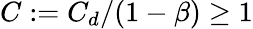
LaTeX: C:=C_{d}/(1-\beta)\geq 1